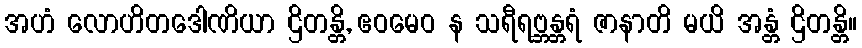
အဟံ လောဟိတဒေါဏိယာ ဌိတန္တိ, ဧဝမေဝ န သရီရဗ္ဘန္တရံ ဇာနာတိ မယိ အန္တံ ဌိတန္တိ။